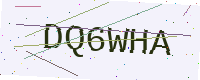
Text: DQ6WHA